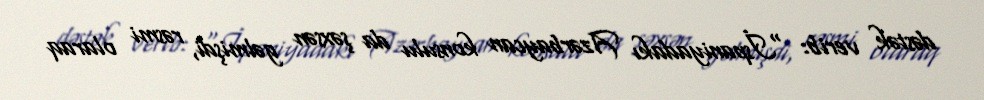
dəstək verib: “İspaniyadakı Azərbaycan konsulu da şəxsən gəlmişdi, rəsmi olaraq